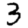
Digit: 3